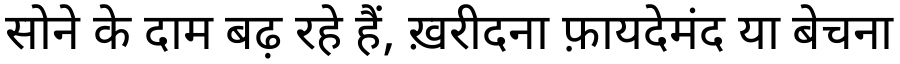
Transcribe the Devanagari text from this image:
सोने के दाम बढ़ रहे हैं, ख़रीदना फ़ायदेमंद या बेचना